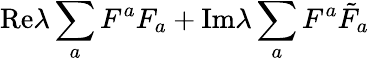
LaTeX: \mathrm{Re}\lambda\sum_{a}F^{a}F_{a}+\mathrm{Im}\lambda\sum_{a}F^{a}{\tilde{F}_{a}}